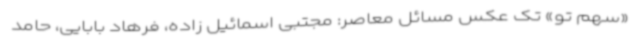
«سهم تو» تک عکس مسائل معاصر: مجتبی اسمائیل زاده، فرهاد بابایی، حامد